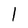
Character: l